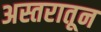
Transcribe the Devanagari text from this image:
अस्तरातून